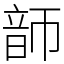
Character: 韴